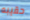
حقيبه